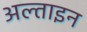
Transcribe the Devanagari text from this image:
अल्ताइन